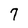
Character: 7